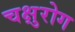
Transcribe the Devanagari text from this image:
चक्षुरोग